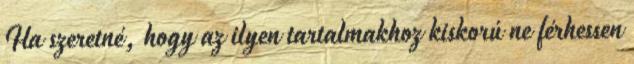
Ha szeretné, hogy az ilyen tartalmakhoz kiskorú ne férhessen